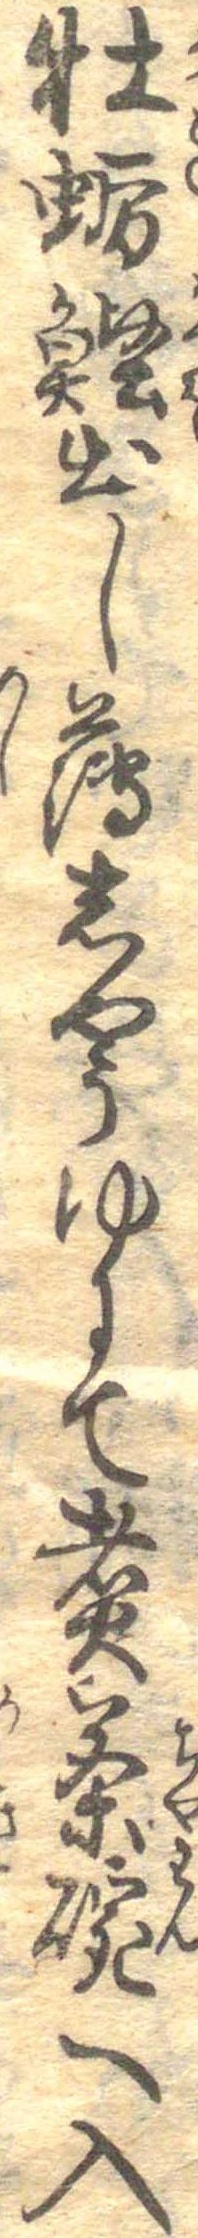
牡蛎鰹出し薄しやうゆにて煮茶碗へ入